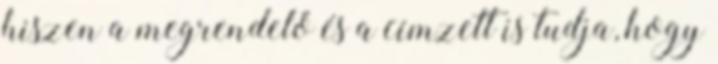
hiszen a megrendelő és a címzett is tudja, hogy